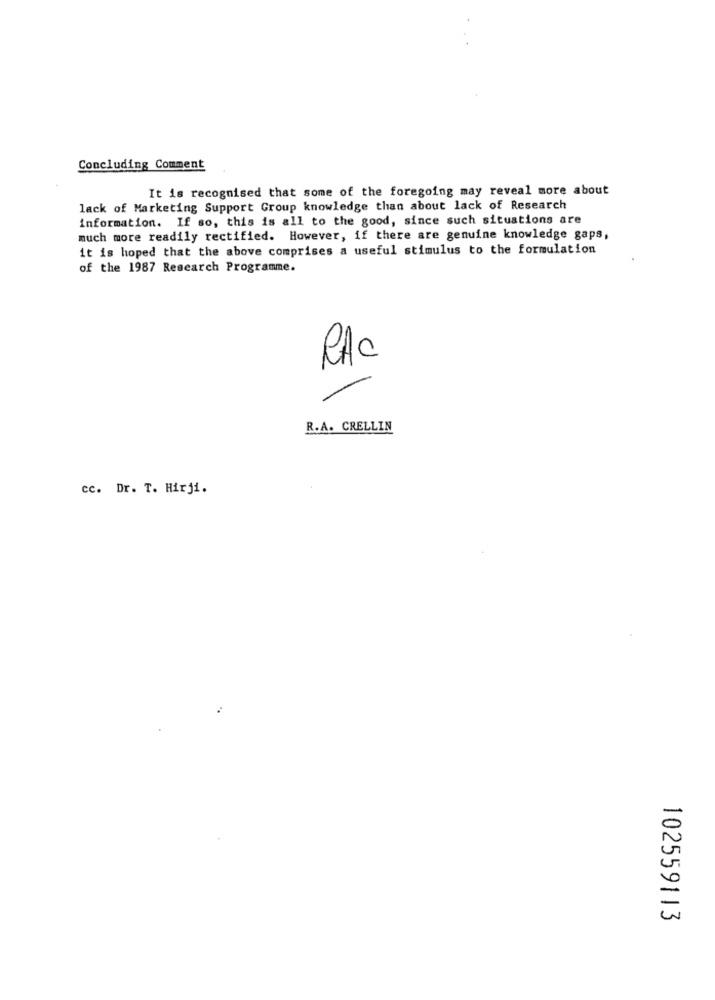
Concluding Comment
It is recognised that some of the foregoing may reveal more about
lack of Marketing Support Group knowledge than about lack of Research
information. If so, this is all to the good, since such situations are
much more readily rectified. However, if there are genuine knowledge gaps,
it is hoped that the above comprises a useful stimulus to the formulation
of the 1987 Research Programme.
RAC
R.A. CRELLIN
cc. Dr. T. Hirji.
102559113